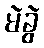
မဲခွဲ